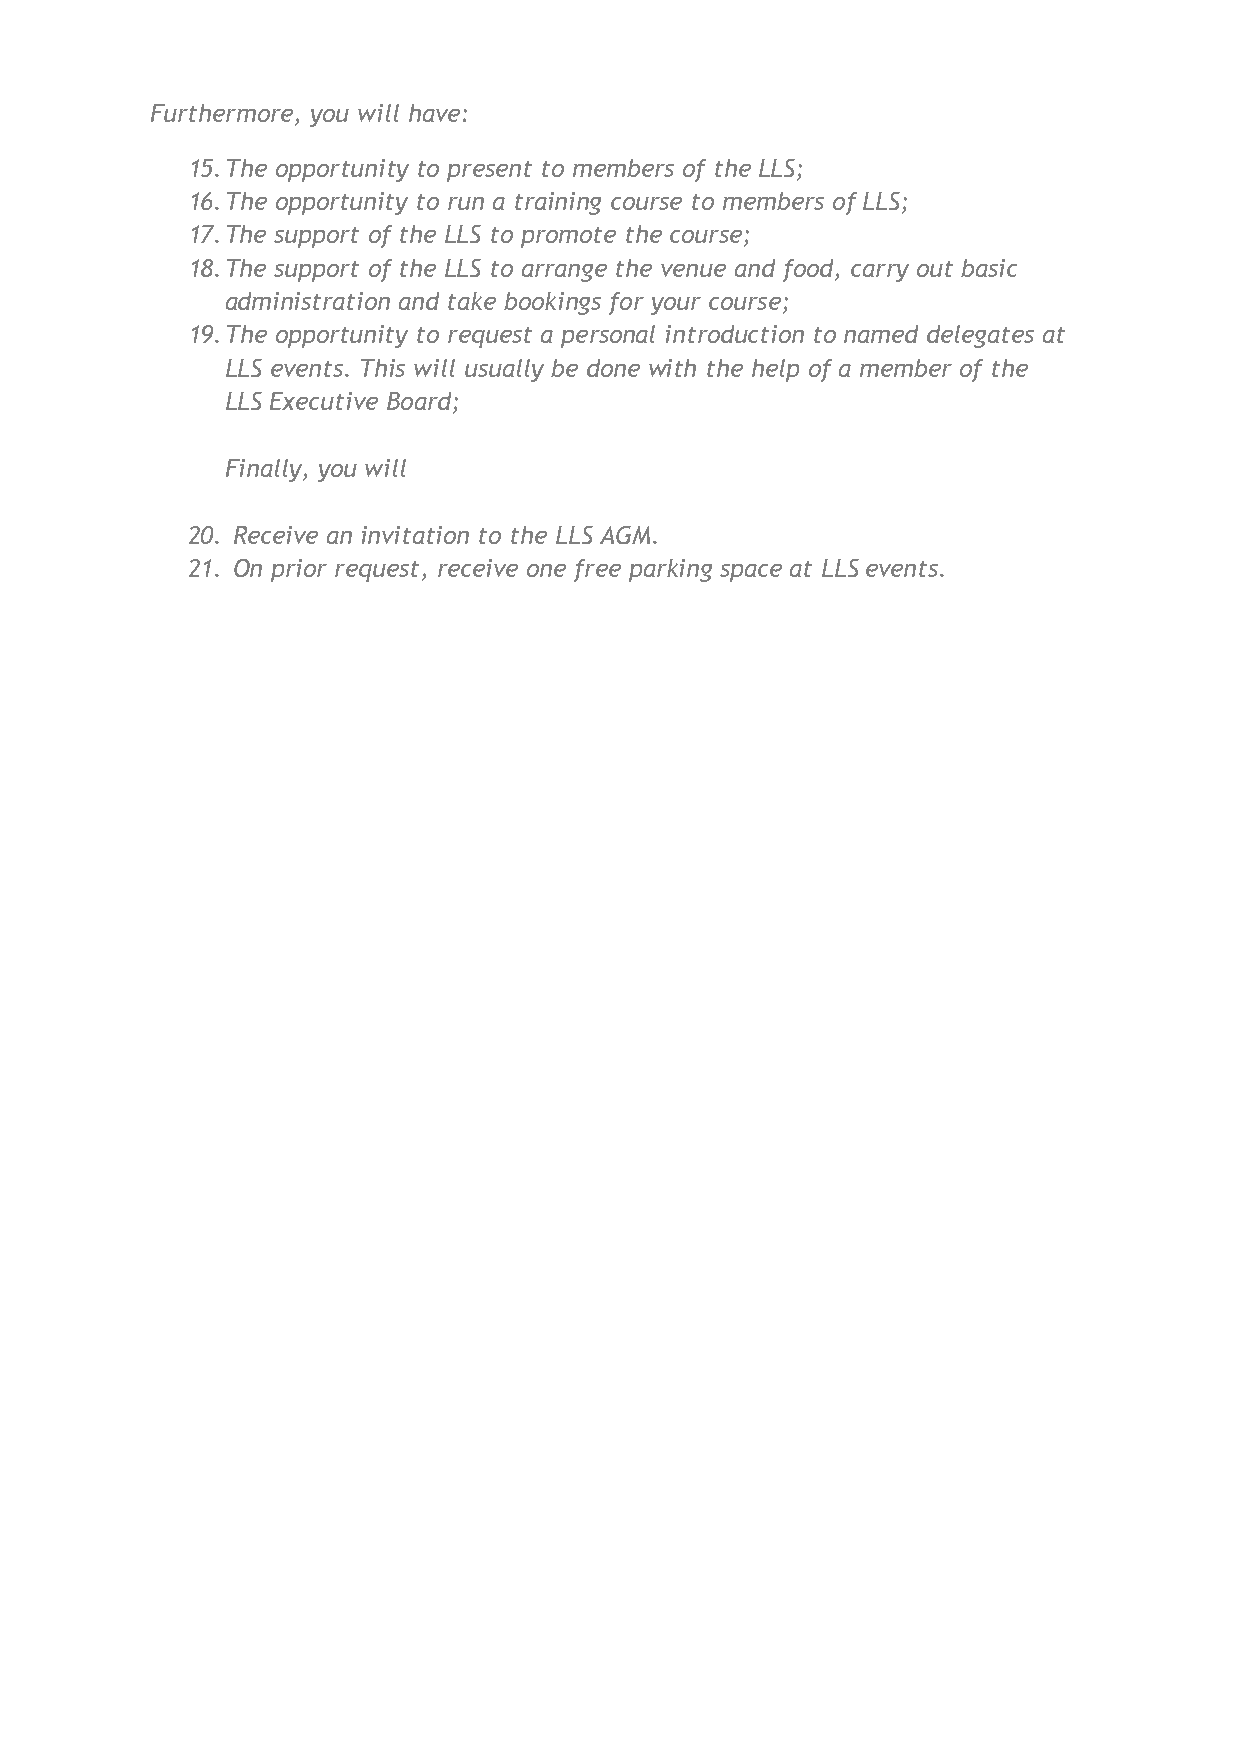
Furthermore, you will have:
 15. The opportunity to present to members of the LLS;
 16. The opportunity to run a training course to members of LLS;
 17. The support of the LLS to promote the course;
 18. The support of the LLS to arrange the venue and food, carry out basic
 administration and take bookings for your course;
 19. The opportunity to request a personal introduction to named delegates at
 LLS events. This will usually be done with the help of a member of the
 LLS Executive Board;
 Finally, you will
 20. Receive an invitation to the LLS AGM.
 21. On prior request, receive one free parking space at LLS events.